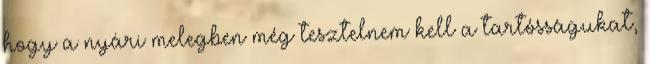
hogy a nyári melegben még tesztelnem kell a tartósságukat,